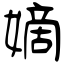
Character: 嫡